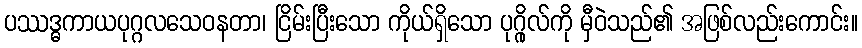
ပဿဒ္ဓကာယပုဂ္ဂလသေဝနတာ၊ ငြိမ်းပြီးသော ကိုယ်ရှိသော ပုဂ္ဂိုလ်ကို မှီဝဲသည်၏ အဖြစ်လည်းကောင်း။